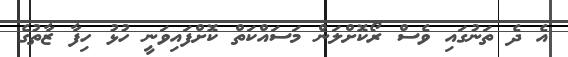
އެ ދެ ތަނުގައި ވެސް ރޯކޮށްލަން މަސައްކަތް ކޮށްފައިވަނީ ހުޅު ހިފާ ޒާތުގެ